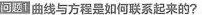
问题1曲线与方程是如何联系起来的？